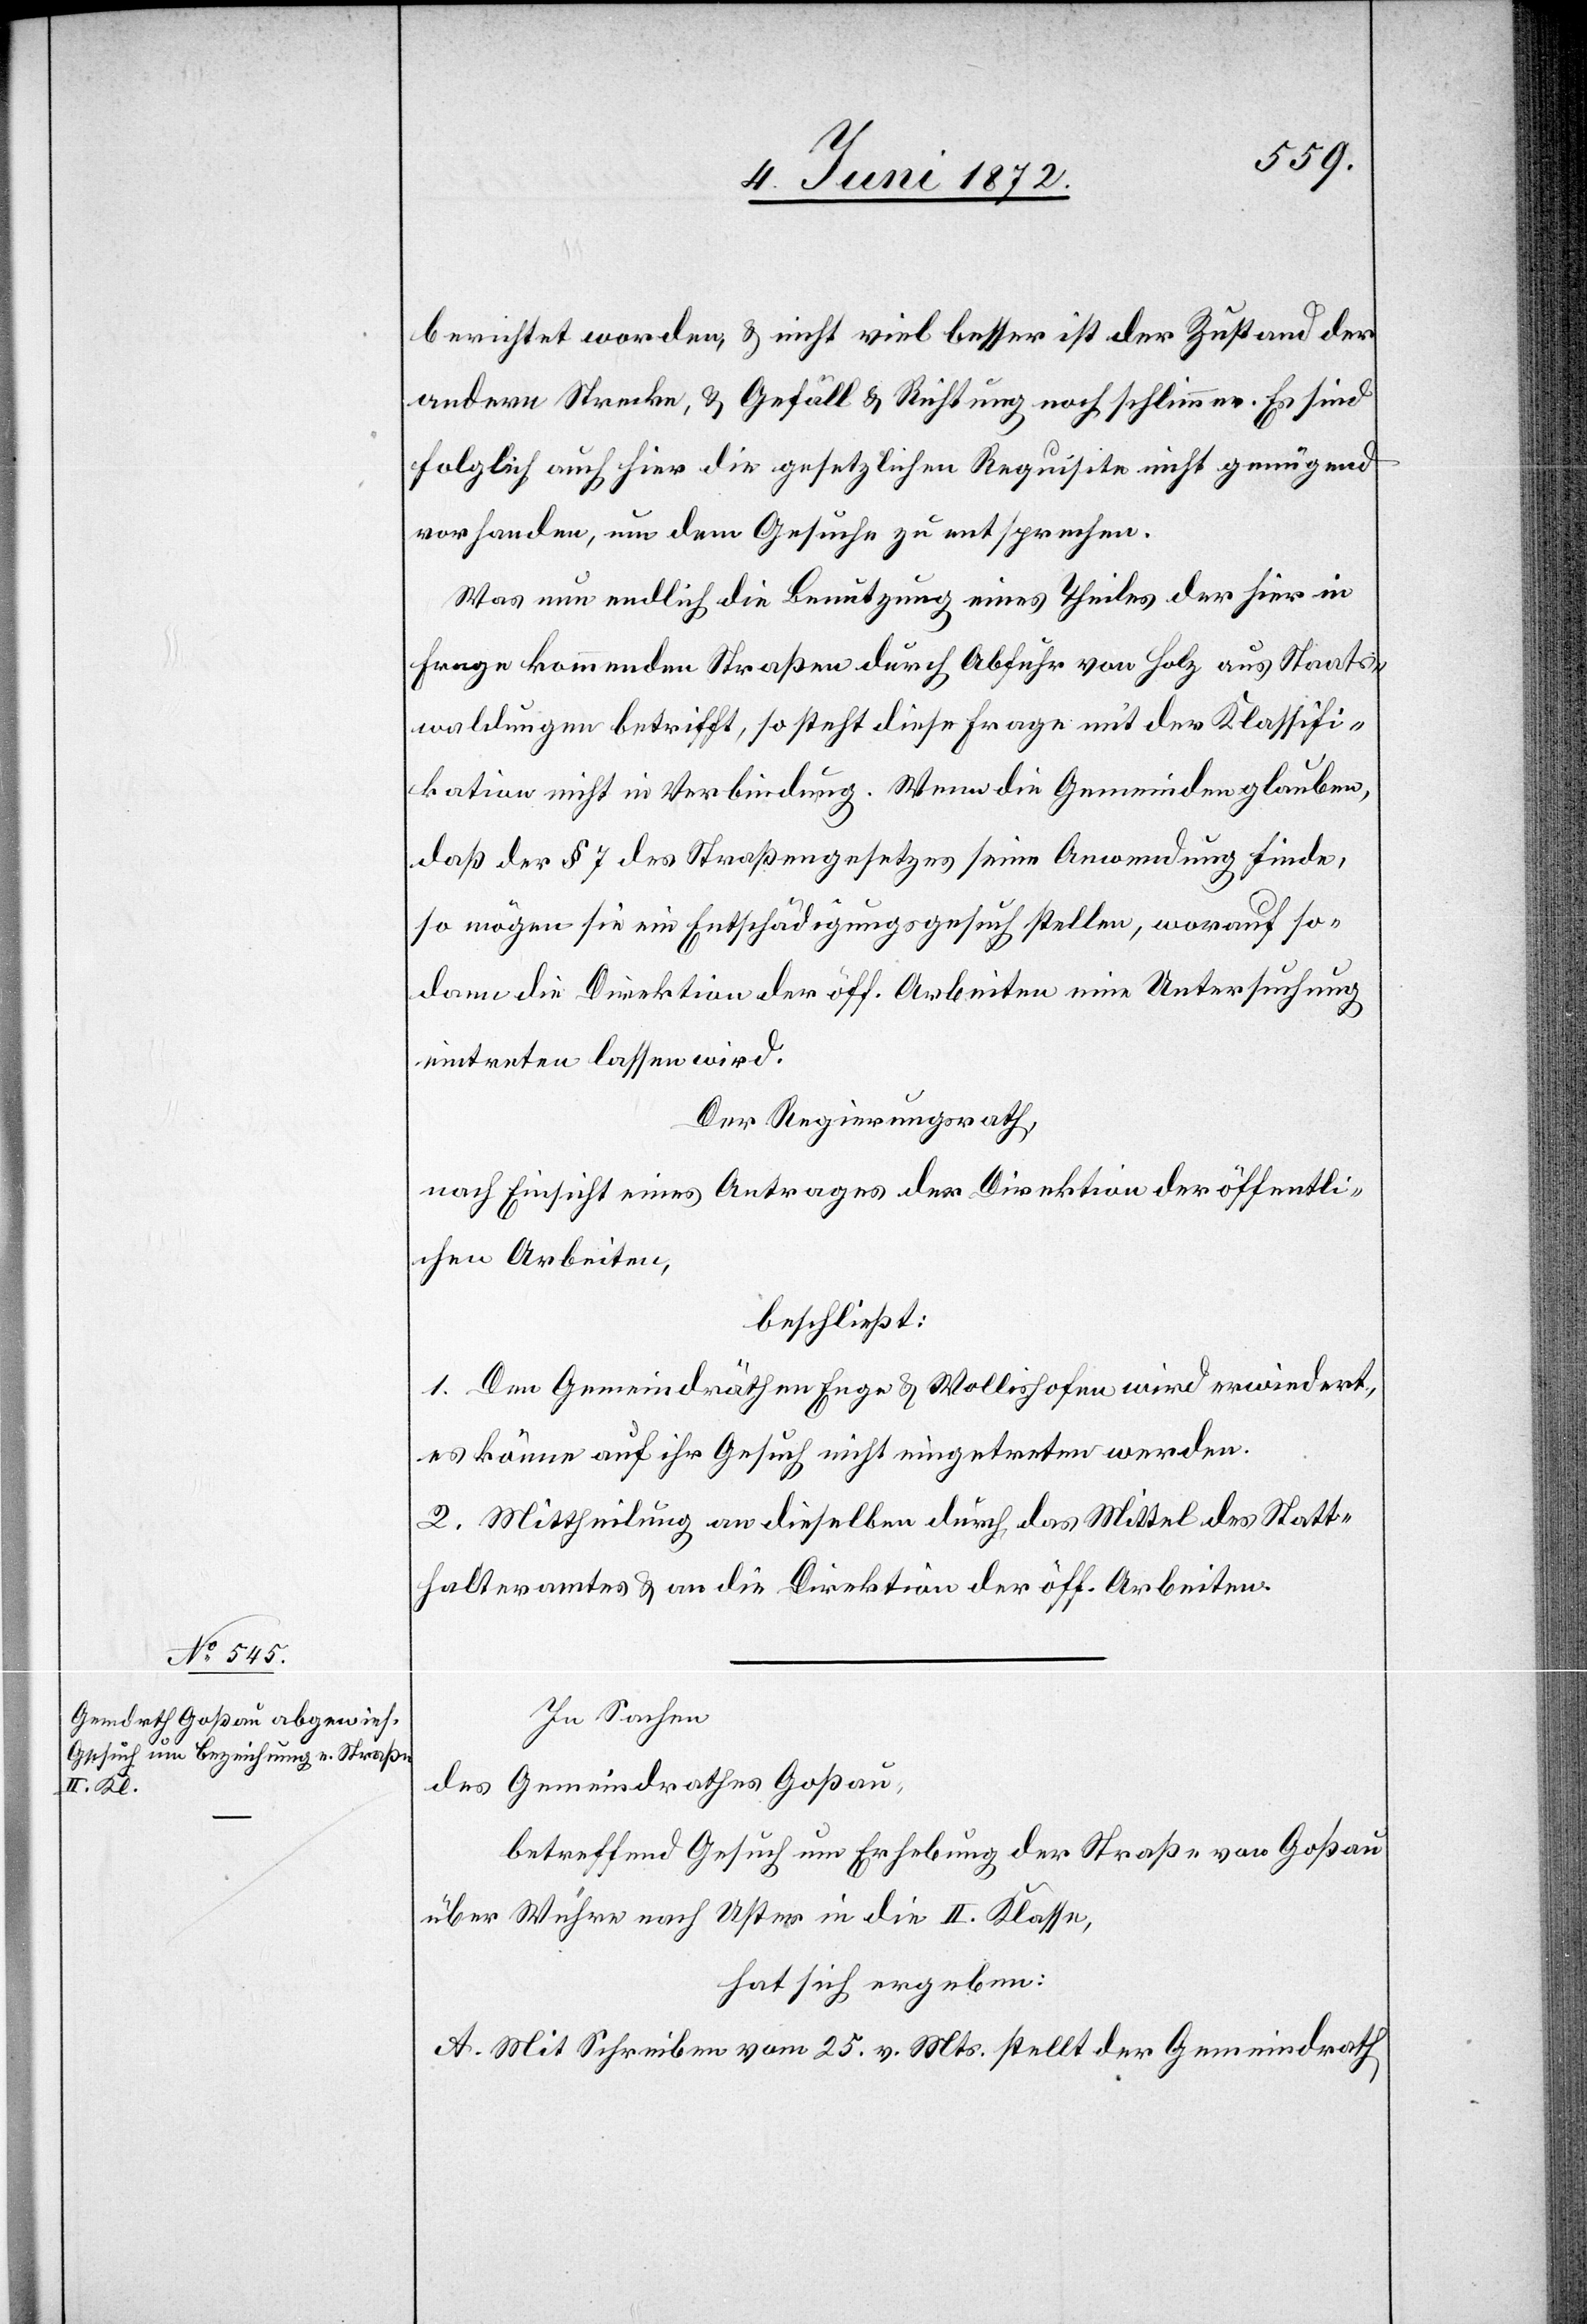
In Sachen
des Gemeindrathes Goßau,
betreffend Gesuch um Erhebung der Straße von Goßau
über Wuhre nach Uster in die II. Klasse,
hat sich ergeben:
A. Mit Schreiben vom 25. v. Mts. stellt der Gemeindrath